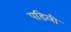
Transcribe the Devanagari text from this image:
पडिली